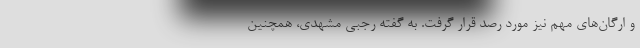
و ارگان‌های مهم نیز مورد رصد قرار گرفت. به گفته رجبی مشهدی، همچنین